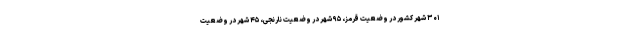
۳۰۱ شهر کشور در وضعیت قرمز، ۹۵ شهر در وضعیت نارنجی، ۴۵ شهر در وضعیت